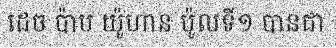
ដេច ប៉ាប យ៉ូហាន ប៉ូលទី១ បានជា